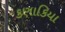
કણાકિયા